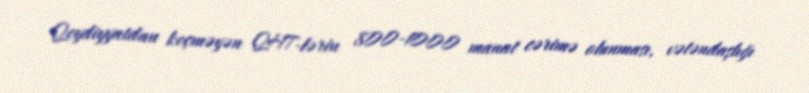
Qeydiyyatdan keçməyən QHT-lərin 800-1000 manat cərimə olunması, vətəndaşlığı